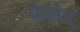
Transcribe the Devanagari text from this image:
रोतारेग्